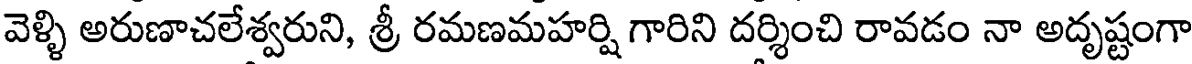
వెళ్ళి అరుణాచలేశ్వరుని, శ్రీ రమణమహర్షి గారిని దర్శించి రావడం నా అదృష్టంగా